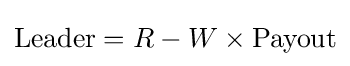
{\rm {Leader}}=R-W\times {\rm {Payout}}